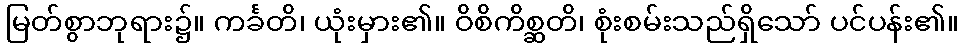
မြတ်စွာဘုရား၌။ ကင်္ခတိ၊ ယုံးမှား၏။ ဝိစိကိစ္ဆတိ၊ စုံးစမ်းသည်ရှိသော် ပင်ပန်း၏။